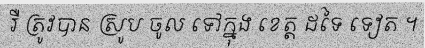
រឺ ត្រូវបាន ស្រូប ចូល ទៅក្នុង ខេត្ត ដទៃ ទៀត ។